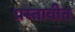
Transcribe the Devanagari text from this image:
प्रस्तावीत